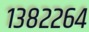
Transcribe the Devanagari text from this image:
१३८२२६४